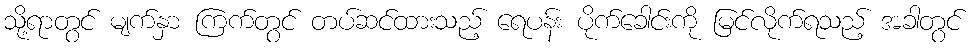
သို့ရာတွင် မျက်နှာ ကြက်တွင် တပ်ဆင်ထားသည့် ရေပန်း ပိုက်ခေါင်းကို မြင်လိုက်ရသည့် အခါတွင်